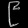
Digit: ၉